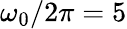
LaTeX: \omega_{0}/2\pi=5